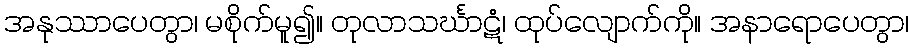
အနုဿာပေတွာ၊ မစိုက်မူ၍။ တုလာသင်္ဃာဋံ၊ ထုပ်လျောက်ကို။ အနာရောပေတွာ၊